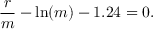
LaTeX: { \frac { r } { m } } - \ln ( m ) - 1 . 2 4 = 0 .